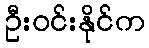
ဦးဝင်းနိုင်က